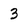
Character: 3